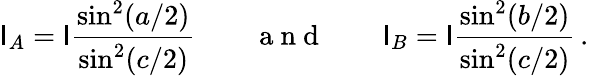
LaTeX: \mathsf{I}_{A}=\mathsf{I}\frac{{\sin^{2}(a/2)}}{{\sin^{2}(c/2)}}\qquad\mathrm{{~a~n~d~}}\qquad\mathsf{I}_{B}=\mathsf{I}\frac{{\sin^{2}(b/2)}}{{\sin^{2}(c/2)}}\, .